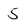
Character: 5